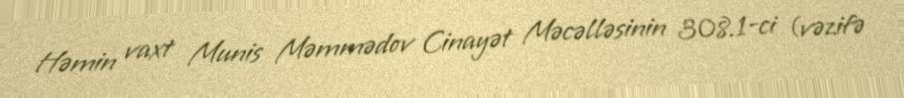
Həmin vaxt Munis Məmmədov Cinayət Məcəlləsinin 308.1-ci (vəzifə